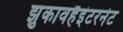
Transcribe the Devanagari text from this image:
झुकावहैइंटरनेट